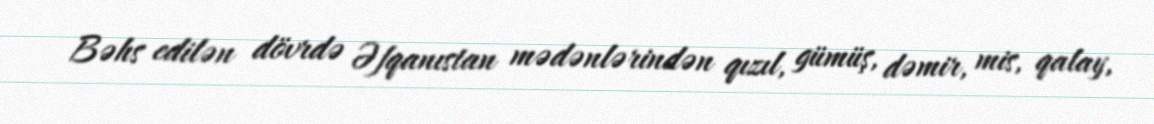
Bəhs edilən dövrdə Əfqanıstan mədənlərindən qızıl, gümüş, dəmir, mis, qalay,